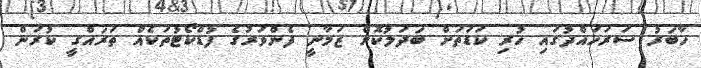
ހާބަރު ސަރަހައްދުގައި ހުރި ކަޑަތަށް ބަދަލުކޮށް ޒަމާނީ ފެންވަރުގެ ފުޑްކޯޓުތަކެއް ތަރައްގީ ކުރަން